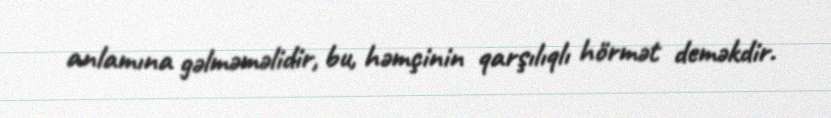
anlamına gəlməməlidir, bu, həmçinin qarşılıqlı hörmət deməkdir.